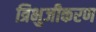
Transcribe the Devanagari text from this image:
त्रिभुजीकरण